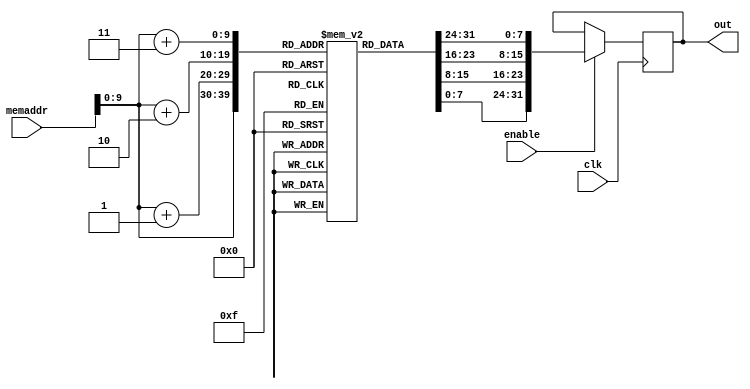
module ROM (input clk, input enable, input [31:0] memaddr, output reg [31:0] out);

reg [7:0] IMEMcontents[1023:0];

initial begin
IMEMcontents[7] = 8'b00111110;
IMEMcontents[6] = 8'b10000000;
IMEMcontents[5] = 8'b10000100;
IMEMcontents[4] = 8'b00010011;
//^ addi x8, x1, 1000 x8=1000

//00000001010000001000000100010011
IMEMcontents[11] = 8'b00000001;
IMEMcontents[10] = 8'b01000000;
IMEMcontents[9] = 8'b10000001;
IMEMcontents[8] = 8'b00010011;
//^addi x2, x1, 20 x2=20

//01000000001001000000000110110011
IMEMcontents[15] = 8'b01000000;
IMEMcontents[14] = 8'b00100100;
IMEMcontents[13] = 8'b00000001;
IMEMcontents[12] = 8'b10110011;
//sub x3, x8, x2 x3=980

//00000000001101000111001000110011
IMEMcontents[19] = 8'b00000000;
IMEMcontents[18] = 8'b00110100;
IMEMcontents[17] = 8'b01110010;
IMEMcontents[16] = 8'b00110011;
//AND x4 x8 x3 x4=960

//00000000010000011100001010110011
IMEMcontents[23] = 8'b00000000;
IMEMcontents[22] = 8'b01000001;
IMEMcontents[21] = 8'b11000010;
IMEMcontents[20] = 8'b10110011;
//XOR x5, x3, x4 x5=20


//00000000010100100110001100110011
IMEMcontents[27] = 8'b00000000;
IMEMcontents[26] = 8'b01010010;
IMEMcontents[25] = 8'b01100011;
IMEMcontents[24] = 8'b00110011;
//OR x6 x4 x5 x6 = 980


//00000001010000110000001100010011
IMEMcontents[31] = 8'b00000001;
IMEMcontents[30] = 8'b01000011;
IMEMcontents[29] = 8'b00000011;
IMEMcontents[28] = 8'b00010011;
//ADDI x6 x6 20 x6=1000


//11000010001000110000001100010011
IMEMcontents[35] = 8'b11000010;
IMEMcontents[34] = 8'b00100011;
IMEMcontents[33] = 8'b00000011;
IMEMcontents[32] = 8'b00010011;
//ADDI x6 x6 -990 x6=10


//00000000011000110001001100110011
IMEMcontents[39] = 8'b00000000;
IMEMcontents[38] = 8'b01100011;
IMEMcontents[37] = 8'b00010011;
IMEMcontents[36] = 8'b00110011;
//SLL x6 x6 x6   x6=10240

//00111110101001010000010001100011

IMEMcontents[43] = 8'b00111110;
IMEMcontents[42] = 8'b10100101;
IMEMcontents[41] = 8'b00000100;
IMEMcontents[40] = 8'b01100011;
//BEQ x10 x10 1000 branch taken PC+1000
end

always @(negedge clk) begin
	if(enable) begin
	out <= {IMEMcontents[memaddr+3], IMEMcontents[memaddr+2], IMEMcontents[memaddr+1], IMEMcontents[memaddr]};
	end
end

endmodule